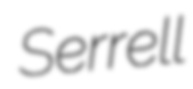
Serrell